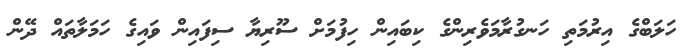
ހަލަބްގެ އިރުމަތި ހަނގުރާމަވެރިންގެ ކިބައިން ހިފުމަށް ސޫރިޔާ ސިފައިން ވައިގެ ހަމަލާތައް ދޭން